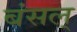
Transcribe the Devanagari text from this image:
बंसल्